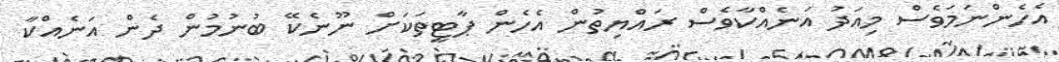
އެހެންނަމަވެސް މިއަދު އަނެއްކާވެސް ރައްޔިތުން އެހެން ޕާޓީތަކަށް ނޫނެކޭ ބުނުމުން ދެން އަނެއްކާ